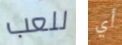
للعب أي